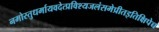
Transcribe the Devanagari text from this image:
नमोस्तुधर्मायवदेत्प्रविश्यजलंसमेप्रीतइतिक्षिपेच्च